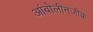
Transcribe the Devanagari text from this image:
आंबोलीनजीक